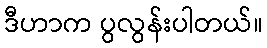
ဒီဟာက ပွလွန်းပါတယ်။